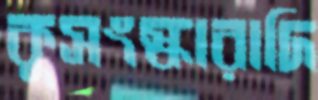
কুসংস্কারাদি